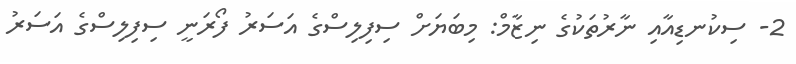
2- ސިކުނޑިއާއި ނާރުތަކުގެ ނިޒާމް: މިބަޔަށް ސިފިލިސްގެ އަސަރު ފޯރަނީ ސިފިލިސްގެ އަސަރު